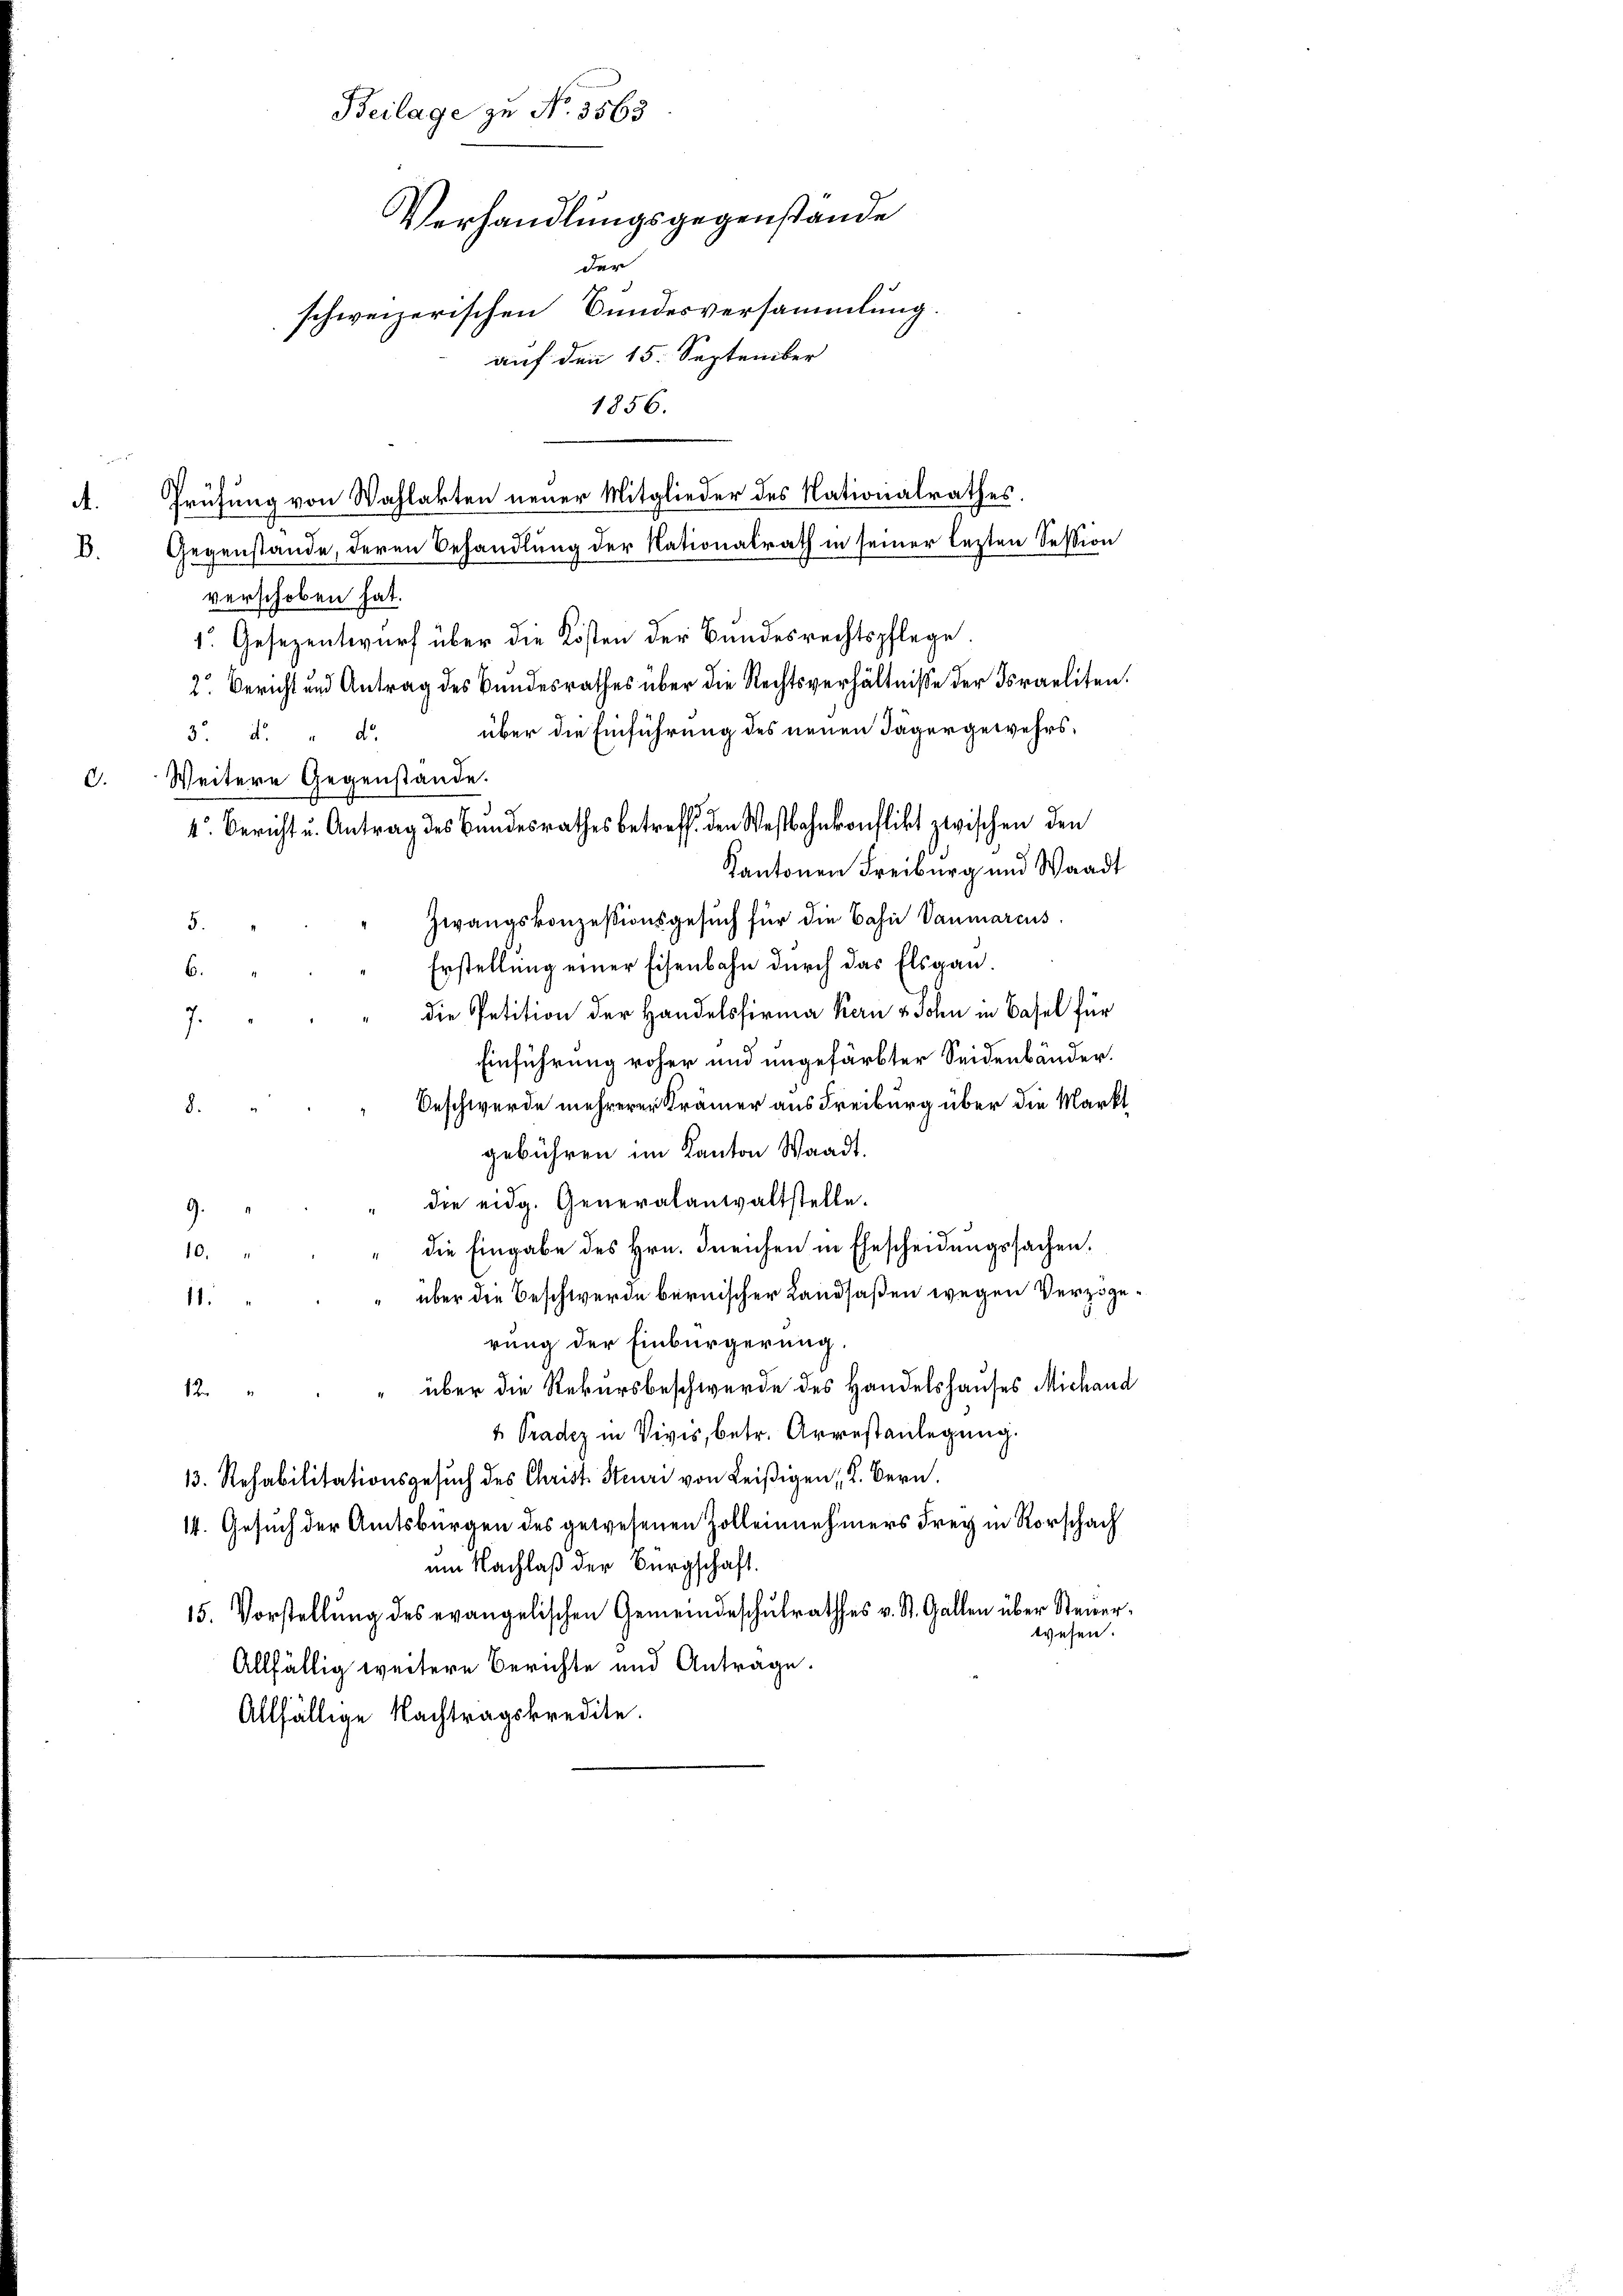
A.

Beilage zu No. 3563
Verhandlungsgegenstände
der
schweizerischen Bundesversammlung.
auf den 15. September
1856.
Prüfung von Wahlakten neuer Mitglieder des Nationalrathes.

verschoben hat.
1. Gesezentwurf über die Kosten der Bundesrechtspflege.
2. Bericht und Antrag des Bundesrathes über die Rechtsverhältnisse der Israeliten.
über die Einführung des neuen Täger gewehrs¬
3. d. d.
d. Weitere Gegenstände.
4. Bericht u. Antrag des Bŭndesrathes betreff den Westbahnkonflikt zwischen den
Kantonen Freiburg und Waadt
Zwangskonzessionsgesuch für die Bahn Vanmarcus.
5.
Erstellung einer Eisenbahn durch das Elsgau.
6.
die Petition der Handelsfirma Kern & John in Basel für
.
Einführung roher und ungefärbter Seidenbänder.
Beschwerde mehrerer Krämer aus Freiburg über die Markt
8.
gebühren im Kanton Waadt.
die eidg. Generalanwaltstelle.
die Eingabe des Hrn. Ineichen in Ehescheidungssachen.
10.
" über die Beschwerde bernischer Landsaßen wegen Verzöge¬
11.
rung der Einbürgerung.
über die Rekursbeschwerde des Handelshauses Michand
1
4 Pradez in Vivis, betr. Arrestanlegung.
13. Rehabilitationsgesŭch des Christ Steuri von Leißigen, 2. Bern.
14. Gesuch der Amtsbürgen des gewesenen Zolleinnehmers Frey in Rorschach
um Nachlaß der Bürgschaft.
15. Vorstellŭng des evangelischen Gemeindeschŭlrathes v. St. Gallen über Steŭer-
wesen.
Allfällig weitere Berichte und Antrage.
Allfällige Nachtragskredite.

D. Gegenstände, deren Behandlung der Nationalrath in seiner lezten Session